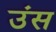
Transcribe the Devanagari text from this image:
उंस